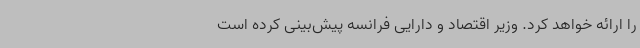
را ارائه خواهد کرد. وزیر اقتصاد و دارایی فرانسه پیش‌بینی کرده است